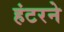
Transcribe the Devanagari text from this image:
हंटरने